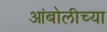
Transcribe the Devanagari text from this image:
आंबोलीच्या